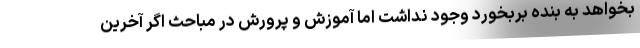
بخواهد به بنده بربخورد وجود نداشت اما آموزش و پرورش در مباحث اگر آخرین